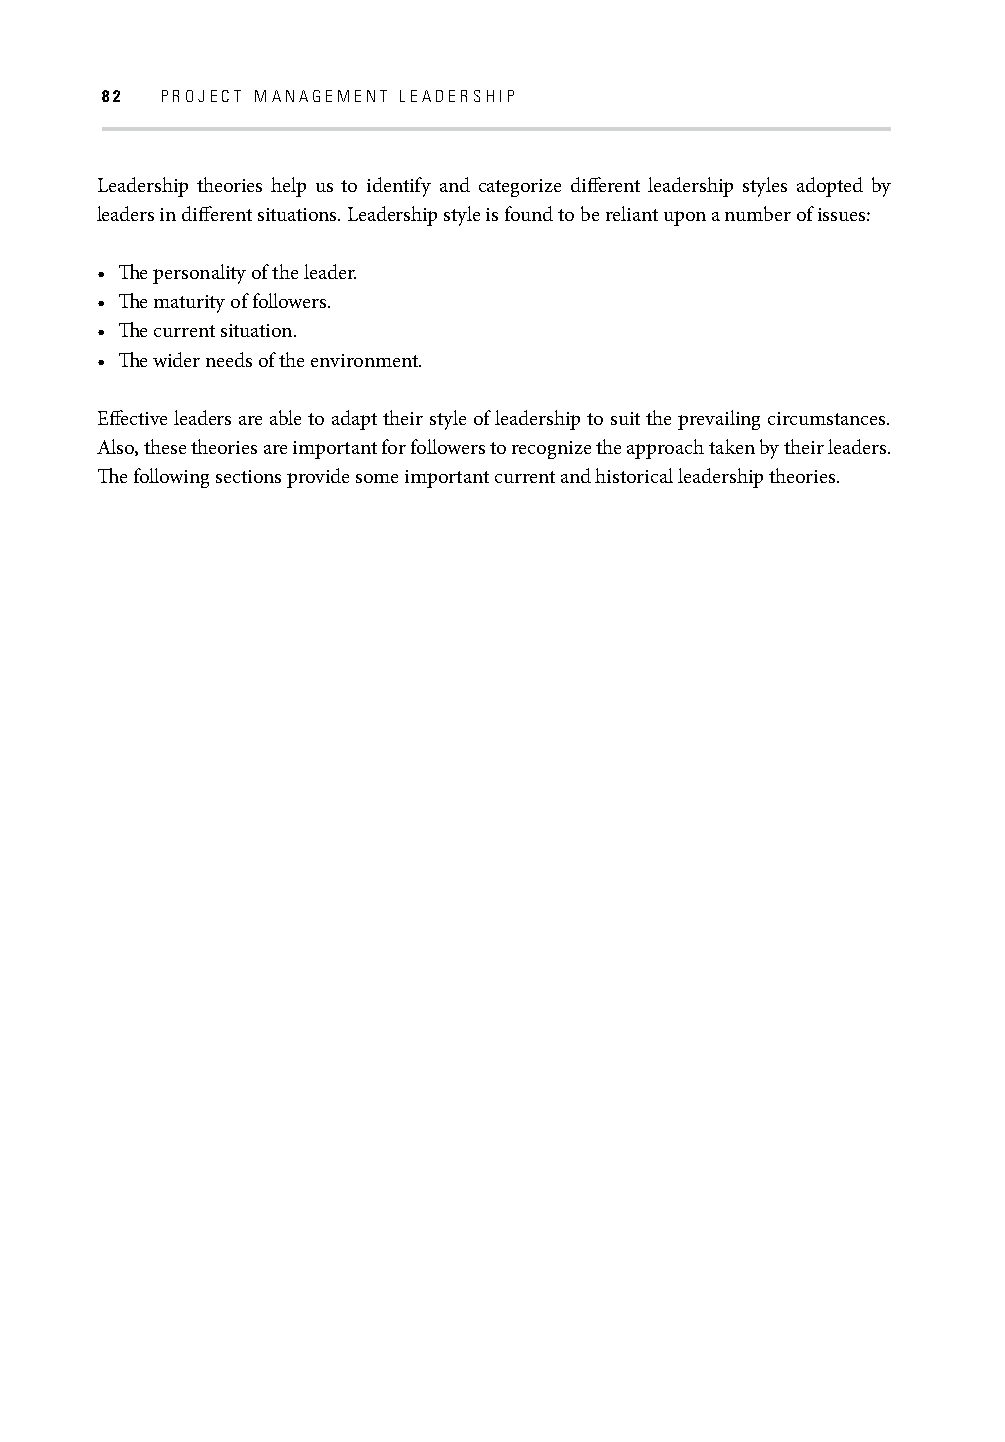
82  PROJECT MANAGEMENT LEADERSHIP
 Leadership theories help us to identify and categorize diff erent leadership styles adopted by
 leaders in diff erent situations. Leadership style is found to be reliant upon a number of issues:
 • Th e personality of the leader.
 • Th e maturity of followers.
 • Th e current situation.
 • Th e wider needs of the environment.
 Eff ective leaders are able to adapt their style of leadership to suit the prevailing circumstances.
 Also, these theories are important for followers to recognize the approach taken by their leaders.
 Th e following sections provide some important current and historical leadership theories.